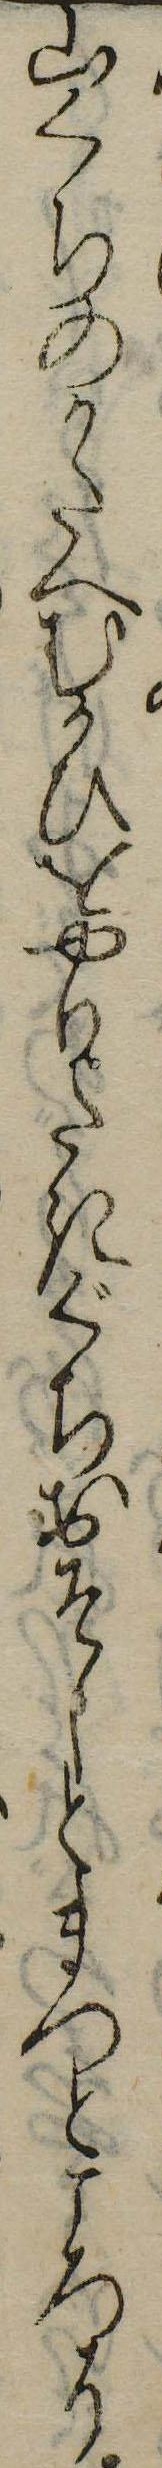
山くちのかたへむかひをやりたきぐちおそしとまつところに